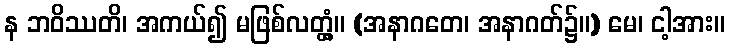
န ဘဝိဿတိ၊ အကယ်၍ မဖြစ်လတ္တံ့။ (အနာဂတေ၊ အနာဂတ်၌။) မေ၊ ငါ့အား။